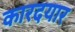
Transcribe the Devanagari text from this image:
कारदयार